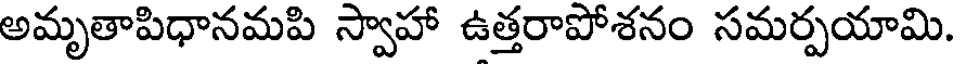
అమృతాపిధానమపి స్వాహా ఉత్తరాపోశనం సమర్పయామి.